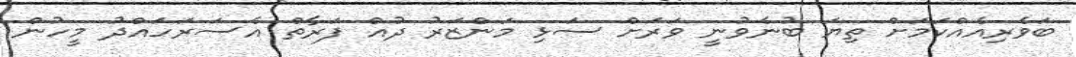
ބަވެރިއެއްކަމަށް ތިޔަ ބުނެވުނީ ވަރަށް ސަޅި މަންޒަރު ދުއް ފަރާތް އެސަރަހައްދު މީހުން